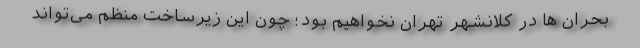
بحران ها در کلانشهر تهران نخواهیم بود؛ چون این زیرساخت منظم می‌تواند